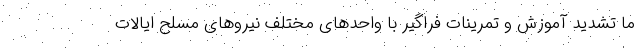
ما تشدید آموزش و تمرینات فراگیر با واحدهای مختلف نیروهای مسلح ایالات